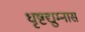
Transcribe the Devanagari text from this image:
धृष्टद्युम्नास